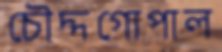
চৌদ্দগোপাল